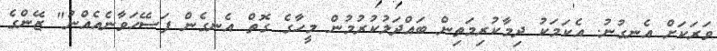
ވަރަކަށް އެނގުނު. އެކަމަކު ދިމާކުރިމަތިން ބައްދަލުކުރުމުން މީހާގެ ގޮތް އެނގެން ފަސޭހަވާނެއެއްނު" ޒޭންގެ